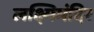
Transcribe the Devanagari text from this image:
लक्ष्मिमंदिर